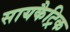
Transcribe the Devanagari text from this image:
सायकैट्रिक